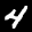
Label: 4